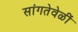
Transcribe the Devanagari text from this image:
सांगतेवेळीं